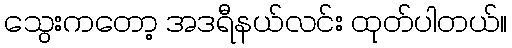
သွေးကတော့ အဒရီနယ်လင်း ထုတ်ပါတယ်။